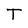
Character: T